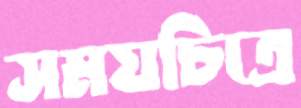
সময়চিত্রে